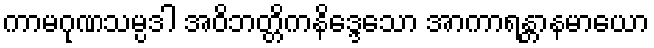
ကာမဂုဏသမ္ပဒါ အဝိဘတ္တိကနိဒ္ဒေသော အာကာရန္တာနမာယော